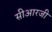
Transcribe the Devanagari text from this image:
सीआरजी